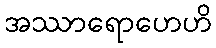
အဿာရောဟေဟိ